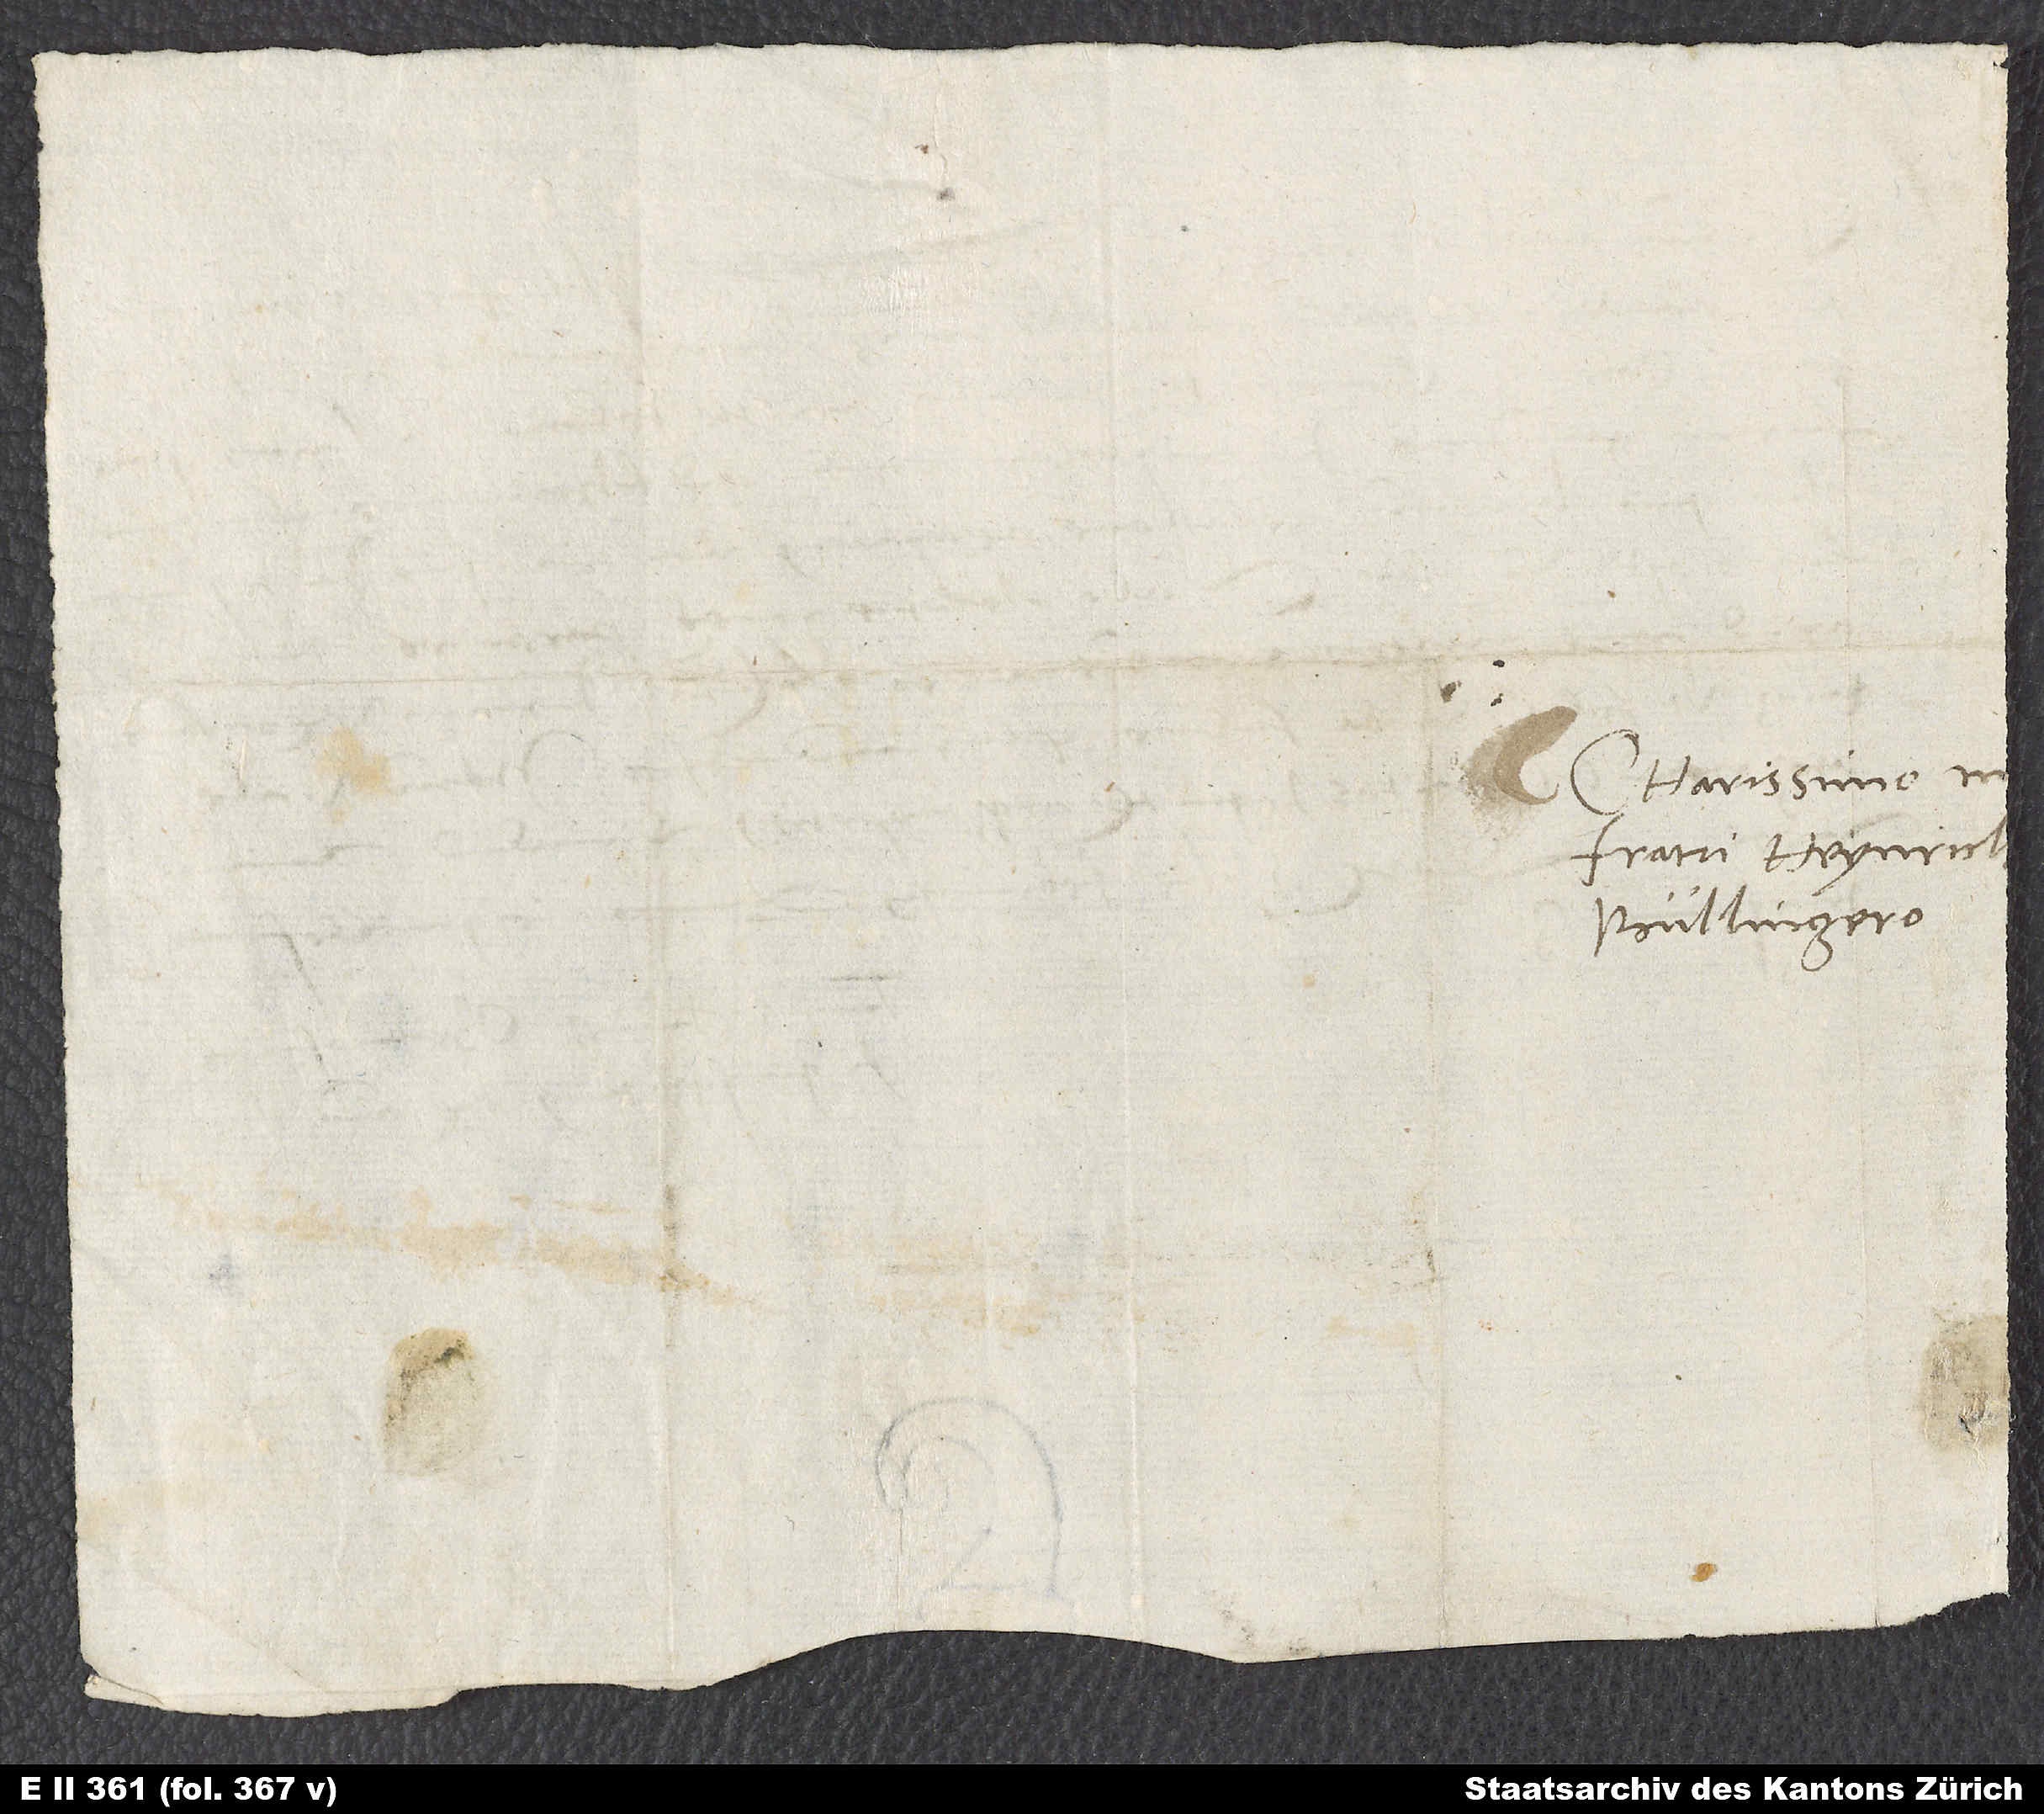
fratri Heynricho
Bullingero.